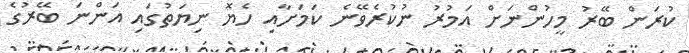
ކުރަން ބޭރު މީހުންނަށް އަމުރު ނުކުރެވޭނެ ކަމަށާއި ހެޔޮ ނިޔަތުގައި އަންނަ ބޭރުގެ